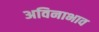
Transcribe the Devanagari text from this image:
अविनाभाव